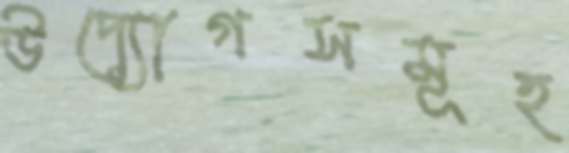
উদ্যোগসমূহ